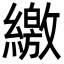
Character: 繳